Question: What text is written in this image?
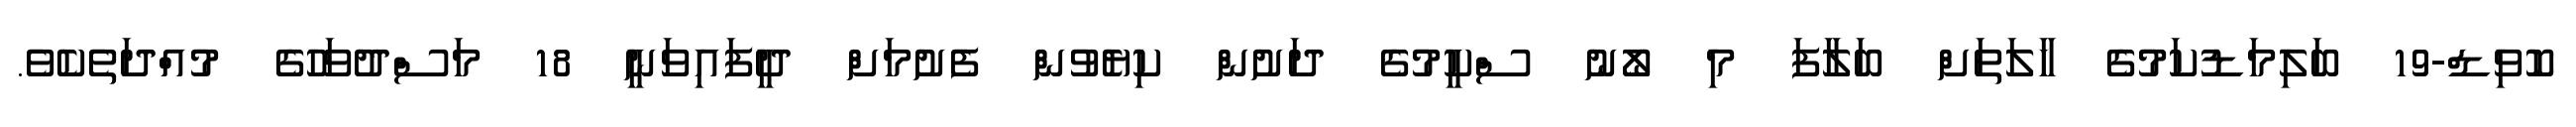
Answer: ކޮވިޑް-19 ބަލިމަޑުކަމުގެ ހާލަތަށް ބަލާފަ މި ލޯނު ސްކީމުގެ ދަށުން ކިޔެވުން ފެށުމަށް ދީފައިވަނީ 18 މަސްދުވަހުގެ މުއްދަތެކެވެ.